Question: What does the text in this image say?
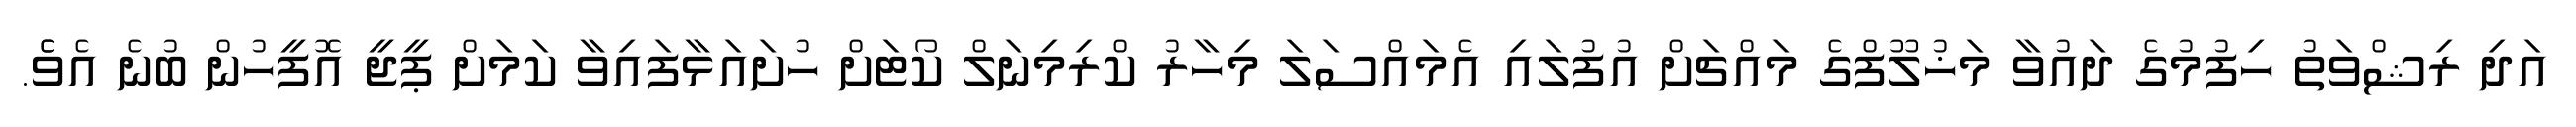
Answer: އަދި ރިޝްވަތު ހިފުމުގެ ދައުވާ މަޚުލޫފްގެ މައްޗަށް އުފުލައި އެމައްސަލަ މިހާރު ކްރިމިނަލް ކޯޓަށް ހުށައަޅާފައިވާ ކަމަށް ޕީޖީ އޮފީހުން ބުނެ އެވެެ.